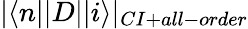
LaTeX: |\langle n||D||i\rangle|_{CI+all-order}